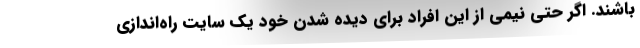
باشند. اگر حتی نیمی از این افراد برای دیده شدن خود یک سایت راه‌اندازی